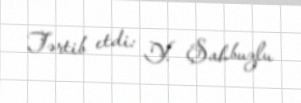
Tərtib etdi: Y. Şahbuzlu